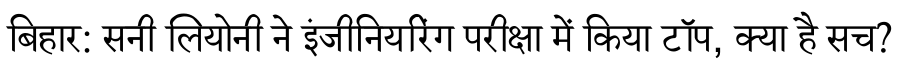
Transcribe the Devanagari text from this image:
बिहार: सनी लियोनी ने इंजीनियरिंग परीक्षा में किया टॉप, क्या है सच?